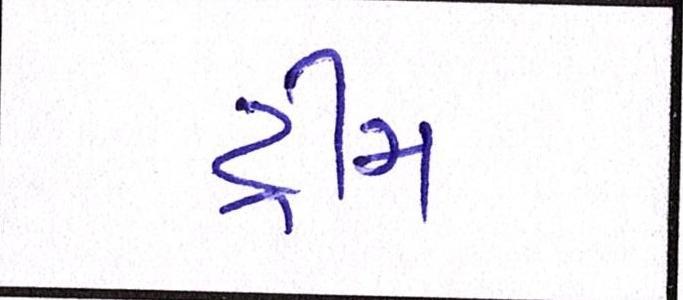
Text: ડ્રીમ